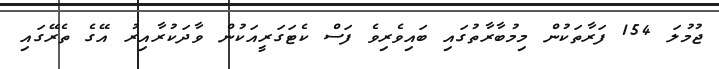
ޖުމުލަ 154 ފަރާތަކުން މިމުބާރާތުގައި ބައިވެރިވެ ފަސް ކެޓަގަރީއަކުން ވާދަކުރާއިރު އޭގެ ތެރޭގައި